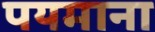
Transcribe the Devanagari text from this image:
पयमाना